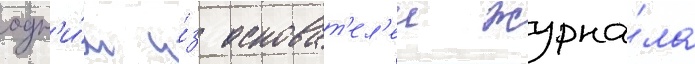
одн'и́м и́з основат'ел'еи журна́ла